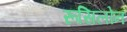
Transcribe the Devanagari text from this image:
रूसिलोन